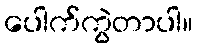
ပေါက်ကွဲတာပါ။